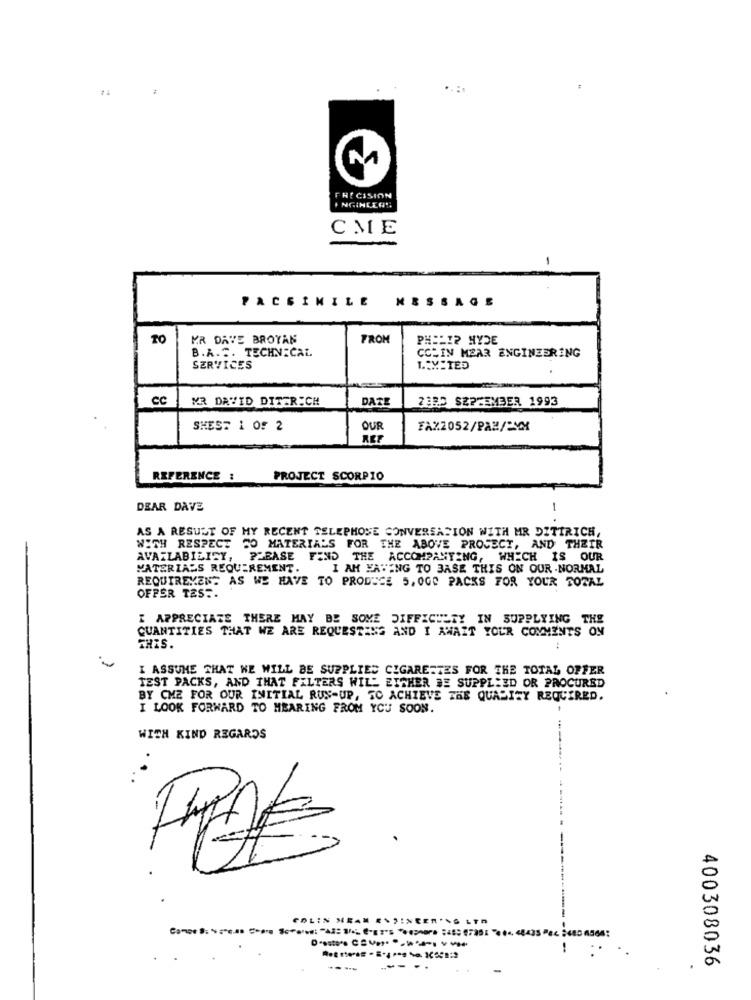
M
FRECISION
I NGINLINE
CME
-
FACSIMILE MESSAGE
TO
MR DAVE BROTAN
FROM
PHILIP HYDE
B.A. C . TECHNICAL
CCHIN MEAR ENGINEERING
SERVICES
LIMITED
CC
MR DAVID DITTRICH
DATE
2303 SEPTEMBER 1993
SHEST 1 Of 2
OUR
REF
REFERENCE :
PROJECT SCORPIO
DEAR DAVE
-
AS A RESULT OF MY RECENT TELEPHONE CONVERSATION WITH MR DITTRICH,
WITH RESPECT TO MATERIALS FOR THE ABOVE PROJECT, AND THEIR
AVAILABILITY, PLEASE FIND THE ACCOMPANYING, WHICH IS OUR
MATERIALS REQUIREMENT.
I AM HAVING TO BASE THIS ON OUR .NORMAL
REQUIREMENT AS WE HAVE TO PRODUCE 5, 0GC PACKS FOR YOUR TOTAL
OFFER TEST.
I APPRECIATE THERE MAY BE SOME DIFFICULTY IN SUPPLYING THE
QUANTITIES THAT WE ARE REQUESTING AND I AWAIT YOUR COMMENTS ON
THIS.
I ASSUME THAT WE WILL BE SUPPLIED CIGARETTES FOR THE TOTAL OFFER
TEST PACKS, AND THAT FILTERS WILL EITHER BE SUPPLIED OR PROCURED
BY CMZ FOR OUR INITIAL RUN-UP, TO ACHIEVE THE QUALITY REQUIRED.
I LOOK FORWARD TO HEARING FROM YOU SOON.
WITH KIND REGARDS
COLIN NEAM ENSINEER'N& LTR
400308036